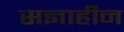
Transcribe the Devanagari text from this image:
सज्ञाहीन